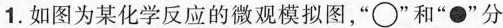
1.如图为某化学反应的微观模拟图，”○”和”●”分